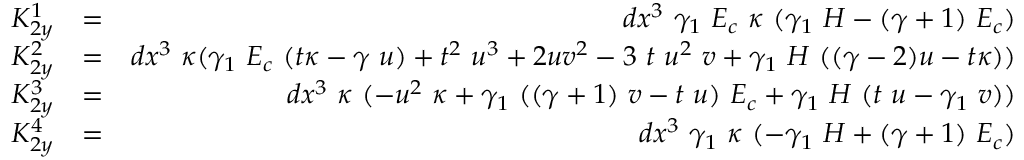
\begin{array} { r l r } { K _ { 2 y } ^ { 1 } } & { = } & { d x ^ { 3 } ~ \gamma _ { 1 } ~ E _ { c } ~ \kappa ~ ( \gamma _ { 1 } ~ H - ( \gamma + 1 ) ~ E _ { c } ) } \\ { K _ { 2 y } ^ { 2 } } & { = } & { d x ^ { 3 } ~ \kappa ( \gamma _ { 1 } ~ E _ { c } ~ ( t \kappa - \gamma ~ u ) + t ^ { 2 } ~ u ^ { 3 } + 2 u v ^ { 2 } - 3 ~ t ~ u ^ { 2 } ~ v + \gamma _ { 1 } ~ H ~ ( ( \gamma - 2 ) u - t \kappa ) ) } \\ { K _ { 2 y } ^ { 3 } } & { = } & { d x ^ { 3 } ~ \kappa ~ ( - u ^ { 2 } ~ \kappa + \gamma _ { 1 } ~ ( ( \gamma + 1 ) ~ v - t ~ u ) ~ E _ { c } + \gamma _ { 1 } ~ H ~ ( t ~ u - \gamma _ { 1 } ~ v ) ) } \\ { K _ { 2 y } ^ { 4 } } & { = } & { d x ^ { 3 } ~ \gamma _ { 1 } ~ \kappa ~ ( - \gamma _ { 1 } ~ H + ( \gamma + 1 ) ~ E _ { c } ) } \end{array}